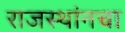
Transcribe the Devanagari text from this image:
राजस्थांनचा